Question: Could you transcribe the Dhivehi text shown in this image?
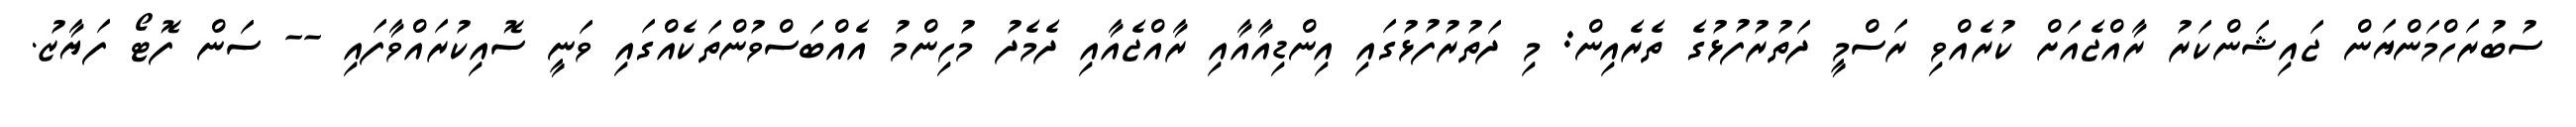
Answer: ސުބުރަހްމަންޔަން ޖައިޝަންކަރު ރާއްޖެއަށް ކުރެއްވި ރަސްމީ ދަތުރުފުޅުގެ ތެރެއިން: މި ދަތުރުފުޅުގައި އިންޑިއާއާއި ރާއްޖެއާއި ދެމެދު މުހިންމު އެއްބަސްވުންތަކެއްގައި ވަނީ ސޮއިކުރައްވާފައި -- ސަން ފޮޓޯ ފަޔާޒު.